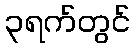
၃ရက်တွင်